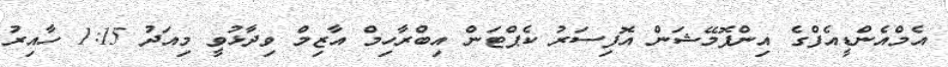
އެމްއެންޑީއެފްގެ އިންފޮމޭޝަން އޮފިސަރު ކެޕްޓަން އިބްރާހިމް އާޒިމް ވިދާޅުވީ މިއަދު 1:15 ހާއިރު